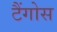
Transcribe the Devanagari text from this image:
टैंगोस